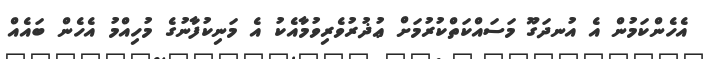
އެހެންކަމުން އެ އުނދަގޫ މަސައްކަތްކުރުމަށް ޢުޛުރުވެރިވުމާއެކު އެ މަނިކުފާނުގެ މުހިއްމު އެހެން ބައެއް